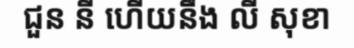
ជួន នី ហើយនឹង លី សុខា